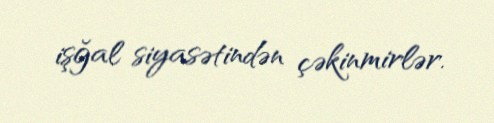
işğal siyasətindən çəkinmirlər.